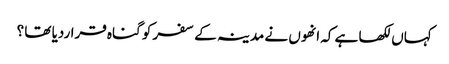
کہاں لکھا ہے کہ انھوں نے مدینہ کے سفر کو گناہ قراردیا تھا ؟